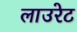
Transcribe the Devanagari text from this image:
लाउरेट